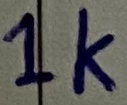
Text: 1K